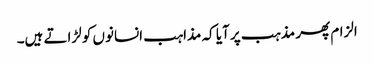
الزام پھر مذہب پر آیا کہ مذاہب انسانوں کو لڑاتے ہیں۔